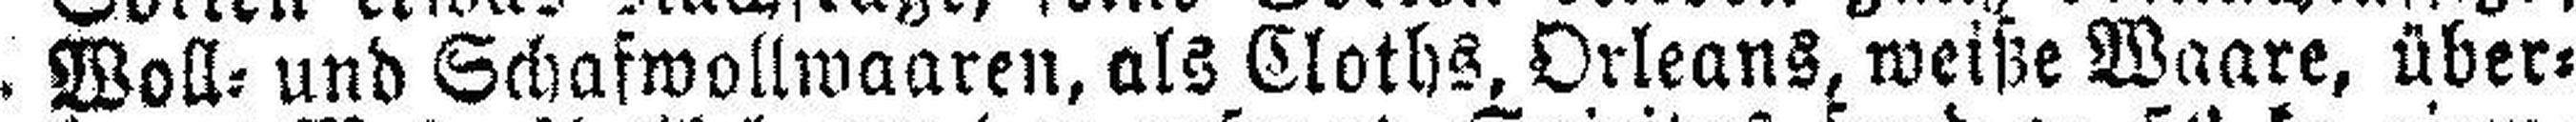
Woll= und Schafwollwaaren, als Cloths, Orleans, weiße Waare, über¬